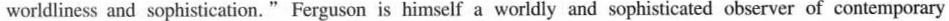
worldliness and sophistication. " Ferguson is himself a worldly and sophisticated observer of contenporary